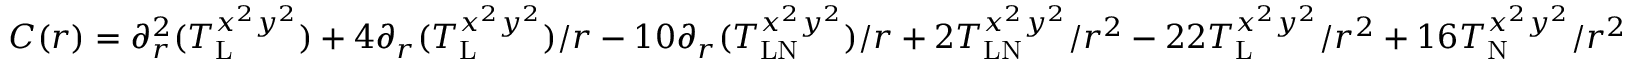
C ( r ) = \partial _ { r } ^ { 2 } ( T _ { \mathrm { L } } ^ { x ^ { 2 } y ^ { 2 } } ) + 4 \partial _ { r } ( T _ { \mathrm { L } } ^ { x ^ { 2 } y ^ { 2 } } ) / r - 1 0 \partial _ { r } ( T _ { \mathrm { L N } } ^ { x ^ { 2 } y ^ { 2 } } ) / r + 2 T _ { \mathrm { L N } } ^ { x ^ { 2 } y ^ { 2 } } / r ^ { 2 } - 2 2 T _ { \mathrm { L } } ^ { x ^ { 2 } y ^ { 2 } } / r ^ { 2 } + 1 6 T _ { \mathrm { N } } ^ { x ^ { 2 } y ^ { 2 } } / r ^ { 2 }